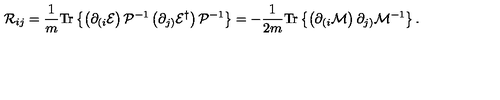
{ \cal R } _ { i j } = \frac { 1 } { m } \mathrm { T r } \left\{ \left( \partial _ { ( i } { \cal E } \right) { \cal P } ^ { - 1 } \left( \partial _ { j ) } { \cal E } ^ { \dagger } \right) { \cal P } ^ { - 1 } \right\} = - \frac { 1 } { 2 m } \mathrm { T r } \left\{ \left( \partial _ { ( i } { \cal M } \right) \partial _ { j ) } { \cal M } ^ { - 1 } \right\} .